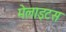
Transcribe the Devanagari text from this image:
मेलाइटस